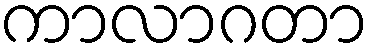
ကာလာဂတာ